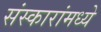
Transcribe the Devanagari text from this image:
संस्कारांमध्ये